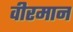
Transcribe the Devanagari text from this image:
वीरमान